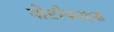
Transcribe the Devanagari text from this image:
नोटीफाइड